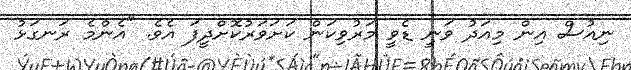
ނިއުސް އިން މިއަދު ވަނީ ޑެވީ މަރުވިކަން ކަށަވަރުކޮށްދީފަ އެވެ. "އެންމެ ރަނގަޅު